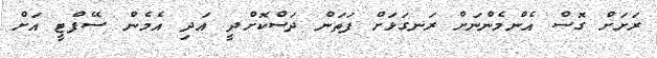
ރަށަށް ގޮސް އެންމެންނަށް ރަނގަޅަށް ފަތަން ދަސްކޮށްދީ އަދި އެމެން ސޭފްޓީ އަށް